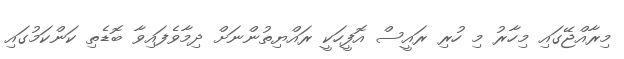
މިރާއްޖޭގައި މިހާރު މި ހުރި ރައީސް އޮފީހަކީ ރައްޔިތުންނަށް ދިމާވެފައިވާ ބޮޑެތި ކަންކަމުގައި